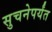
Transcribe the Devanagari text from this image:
सुचनेपर्यंत